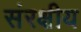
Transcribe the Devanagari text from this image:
संरक्षीय